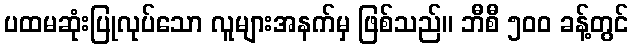
ပထမဆုံးပြုလုပ်သော လူများအနက်မှ ဖြစ်သည်။ ဘီစီ ၅၀၀ ခန့်တွင်